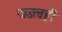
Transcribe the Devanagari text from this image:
जडत्वही